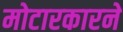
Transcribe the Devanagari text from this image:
मोटारकारने